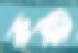
রুকি